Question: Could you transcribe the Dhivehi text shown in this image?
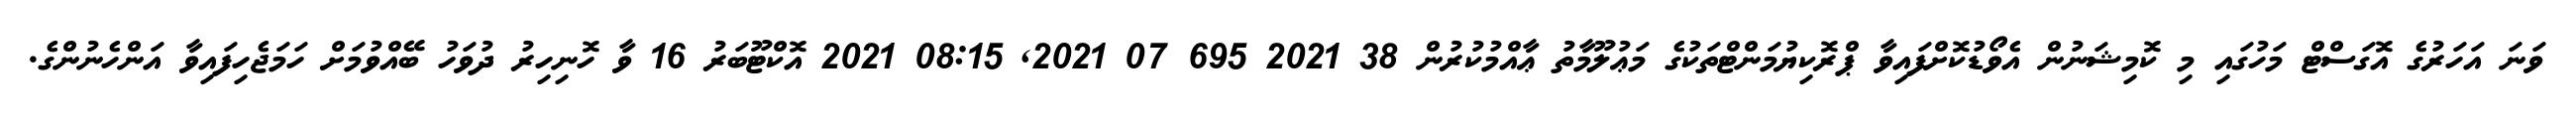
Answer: ވަނަ އަހަރުގެ އޮގަސްޓް މަހުގައި މި ކޮމިޝަނުން އެވޯޑުކޮށްފައިވާ ޕްރޮކިޔުމަންޓްތަކުގެ މަޢުލޫމާތު ޢާއްމުކުރުން 38 2021 695 07 2021, 08:15 2021 އޮކްޓޫބަރު 16 ވާ ހޮނިހިރު ދުވަހު ބޭއްވުމަށް ހަމަޖެހިފައިވާ އަންހެނުންގެ.